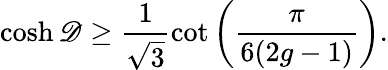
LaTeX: \cosh\mathscr{D}\geq\frac{1}{\sqrt{3}}\cot\left(\frac{\pi}{6(2g-1)}\right).